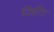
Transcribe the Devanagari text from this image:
दिक्षीत